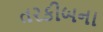
તરકીબના